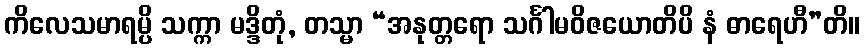
ကိလေသမာရမ္ပိ သက္ကာ မဒ္ဒိတုံ, တသ္မာ “အနုတ္တရော သင်္ဂါမဝိဇယောတိပိ နံ ဓာရေဟီ”တိ။